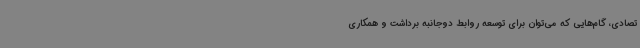
تصادی، گام‌هایی که می‌توان برای توسعه روابط دوجانبه برداشت و همکاری